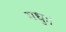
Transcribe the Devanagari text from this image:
मधुः।